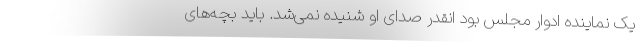
یک نماینده ادوار مجلس بود انقدر صدای او شنیده نمی‌شد. باید بچه‌های